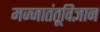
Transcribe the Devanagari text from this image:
मज्जातंतूविज्ञान